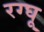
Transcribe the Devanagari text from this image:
रग्घू